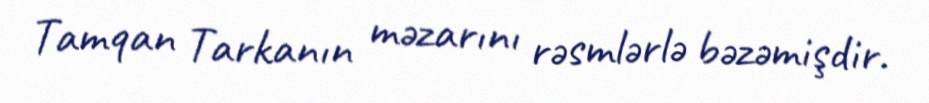
Tamqan Tarkanın məzarını rəsmlərlə bəzəmişdir.